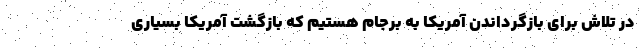
در تلاش برای بازگرداندن آمریکا به برجام هستیم که بازگشت آمریکا بسیاری